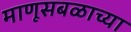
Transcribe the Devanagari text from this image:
माणूसबळाच्या